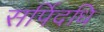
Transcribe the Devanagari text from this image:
सर्पिदधि